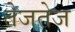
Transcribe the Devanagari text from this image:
तेजतेज